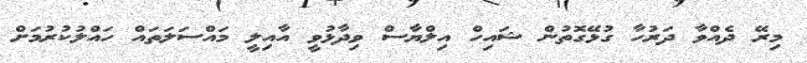
މިރޭ ދެއްވާ ދަރުހާ ގުޅޭގޮތުން ޝައިހް އިލްޔާސް ވިދާޅުވީ އާއިލީ މައްސަލަތައް ހައްލުކުރުމަށް